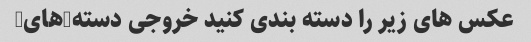
عکس های زیر را دسته بندی کنید خروجی دسته(های)